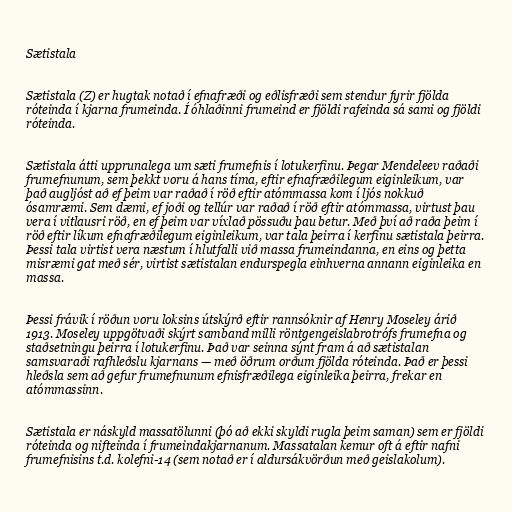
Sætistala

Sætistala (Z) er hugtak notað í efnafræði og eðlisfræði sem stendur fyrir fjölda
róteinda í kjarna frumeinda. Í óhlaðinni frumeind er fjöldi rafeinda sá sami og fjöldi
róteinda.

Sætistala átti upprunalega um sæti frumefnis í lotukerfinu. Þegar Mendeleev raðaði
frumefnunum, sem þekkt voru á hans tíma, eftir efnafræðilegum eiginleikum, var
það augljóst að ef þeim var raðað í röð eftir atómmassa kom í ljós nokkuð
ósamræmi. Sem dæmi, ef joði og tellúr var raðað í röð eftir atómmassa, virtust þau
vera í vitlausri röð, en ef þeim var víxlað pössuðu þau betur. Með því að raða þeim í
röð eftir líkum efnafræðilegum eiginleikum, var tala þeirra í kerfinu sætistala þeirra.
Þessi tala virtist vera næstum í hlutfalli við massa frumeindanna, en eins og þetta
misræmi gat með sér, virtist sætistalan endurspegla einhverna annann eiginleika en
massa.

Þessi frávik í röðun voru loksins útskýrð eftir rannsóknir af Henry Moseley árið
1913. Moseley uppgötvaði skýrt samband milli röntgengeislabrotrófs frumefna og
staðsetningu þeirra í lotukerfinu. Það var seinna sýnt fram á að sætistalan
samsvaraði rafhleðslu kjarnans — með öðrum orðum fjölda róteinda. Það er þessi
hleðsla sem að gefur frumefnunum efnisfræðilega eiginleika þeirra, frekar en
atómmassinn.

Sætistala er náskyld massatölunni (þó að ekki skyldi rugla þeim saman) sem er fjöldi
róteinda og nifteinda í frumeindakjarnanum. Massatalan kemur oft á eftir nafni
frumefnisins t.d. kolefni-14 (sem notað er í aldursákvörðun með geislakolum).